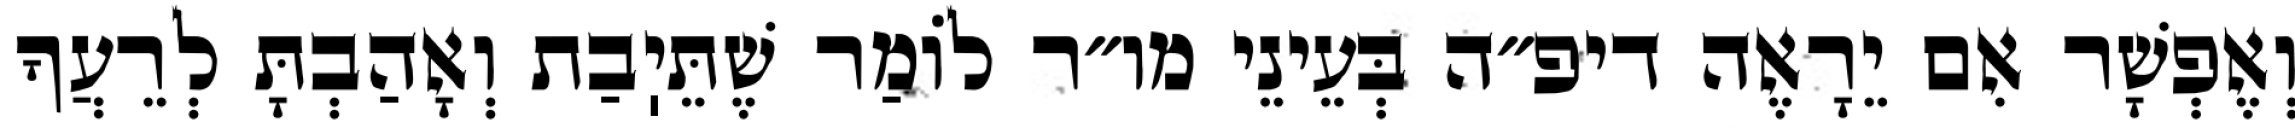
וְאֶפְשָׁר אִם יֵרָאֶה דיפ״ה בְּעֵינֵי מו״ר לוֹמַר שֶׁתֵּיֽבַת וְאָהַבְתָּ לְרֵעֲךָ